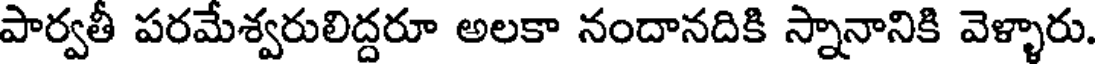
పార్వతీ పరమేశ్వరులిద్దరూ అలకా నందానదికి స్నానానికి వెళ్ళారు.